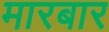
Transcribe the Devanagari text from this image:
मारबार